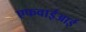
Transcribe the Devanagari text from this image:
एफवाईआई